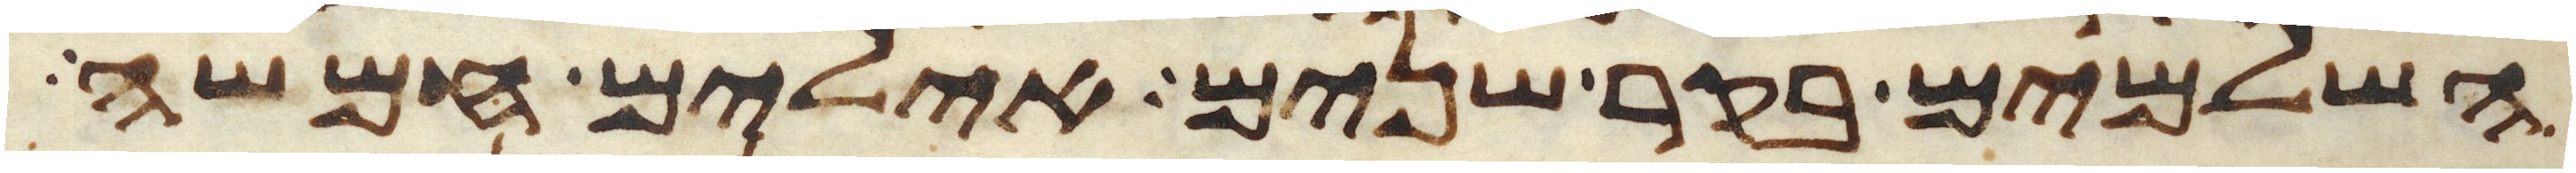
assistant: השלמים בקר שנים אילים חמשה